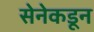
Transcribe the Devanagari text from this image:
सेनेकडून